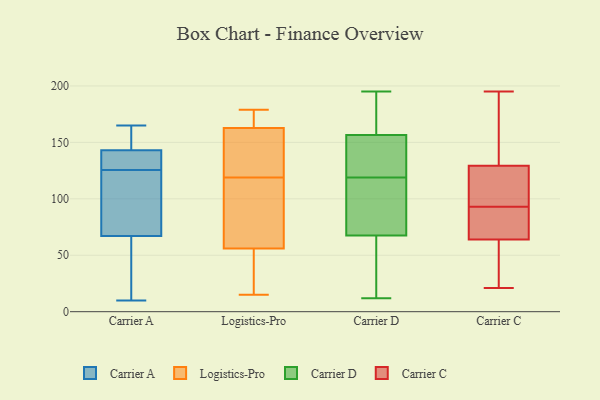
{"axis": {"x": "Active Users", "y": "Value"}, "legend": ["Carrier A", "Carrier C", "Carrier D", "Logistics-Pro"], "data": [{"x": "", "y": 142, "type": "Carrier A"}, {"x": "", "y": 46, "type": "Carrier A"}, {"x": "", "y": 14, "type": "Carrier A"}, {"x": "", "y": 129, "type": "Carrier A"}, {"x": "", "y": 88, "type": "Carrier A"}, {"x": "", "y": 10, "type": "Carrier A"}, {"x": "", "y": 144, "type": "Carrier A"}, {"x": "", "y": 165, "type": "Carrier A"}, {"x": "", "y": 153, "type": "Carrier A"}, {"x": "", "y": 122, "type": "Carrier A"}, {"x": "", "y": 132, "type": "Carrier A"}, {"x": "", "y": 104, "type": "Carrier A"}, {"x": "", "y": 50, "type": "Logistics-Pro"}, {"x": "", "y": 179, "type": "Logistics-Pro"}, {"x": "", "y": 79, "type": "Logistics-Pro"}, {"x": "", "y": 58, "type": "Logistics-Pro"}, {"x": "", "y": 162, "type": "Logistics-Pro"}, {"x": "", "y": 144, "type": "Logistics-Pro"}, {"x": "", "y": 119, "type": "Logistics-Pro"}, {"x": "", "y": 161, "type": "Logistics-Pro"}, {"x": "", "y": 15, "type": "Logistics-Pro"}, {"x": "", "y": 26, "type": "Logistics-Pro"}, {"x": "", "y": 168, "type": "Logistics-Pro"}, {"x": "", "y": 70, "type": "Logistics-Pro"}, {"x": "", "y": 165, "type": "Logistics-Pro"}, {"x": "", "y": 90, "type": "Carrier D"}, {"x": "", "y": 184, "type": "Carrier D"}, {"x": "", "y": 128, "type": "Carrier D"}, {"x": "", "y": 68, "type": "Carrier D"}, {"x": "", "y": 110, "type": "Carrier D"}, {"x": "", "y": 144, "type": "Carrier D"}, {"x": "", "y": 159, "type": "Carrier D"}, {"x": "", "y": 12, "type": "Carrier D"}, {"x": "", "y": 67, "type": "Carrier D"}, {"x": "", "y": 142, "type": "Carrier D"}, {"x": "", "y": 184, "type": "Carrier D"}, {"x": "", "y": 100, "type": "Carrier D"}, {"x": "", "y": 195, "type": "Carrier D"}, {"x": "", "y": 50, "type": "Carrier D"}, {"x": "", "y": 67, "type": "Carrier D"}, {"x": "", "y": 44, "type": "Carrier D"}, {"x": "", "y": 194, "type": "Carrier D"}, {"x": "", "y": 154, "type": "Carrier D"}, {"x": "", "y": 137, "type": "Carrier D"}, {"x": "", "y": 98, "type": "Carrier D"}, {"x": "", "y": 61, "type": "Carrier C"}, {"x": "", "y": 106, "type": "Carrier C"}, {"x": "", "y": 76, "type": "Carrier C"}, {"x": "", "y": 192, "type": "Carrier C"}, {"x": "", "y": 65, "type": "Carrier C"}, {"x": "", "y": 106, "type": "Carrier C"}, {"x": "", "y": 130, "type": "Carrier C"}, {"x": "", "y": 93, "type": "Carrier C"}, {"x": "", "y": 129, "type": "Carrier C"}, {"x": "", "y": 26, "type": "Carrier C"}, {"x": "", "y": 21, "type": "Carrier C"}, {"x": "", "y": 172, "type": "Carrier C"}, {"x": "", "y": 195, "type": "Carrier C"}, {"x": "", "y": 85, "type": "Carrier C"}, {"x": "", "y": 48, "type": "Carrier C"}, {"x": "", "y": 101, "type": "Carrier C"}, {"x": "", "y": 65, "type": "Carrier C"}]}